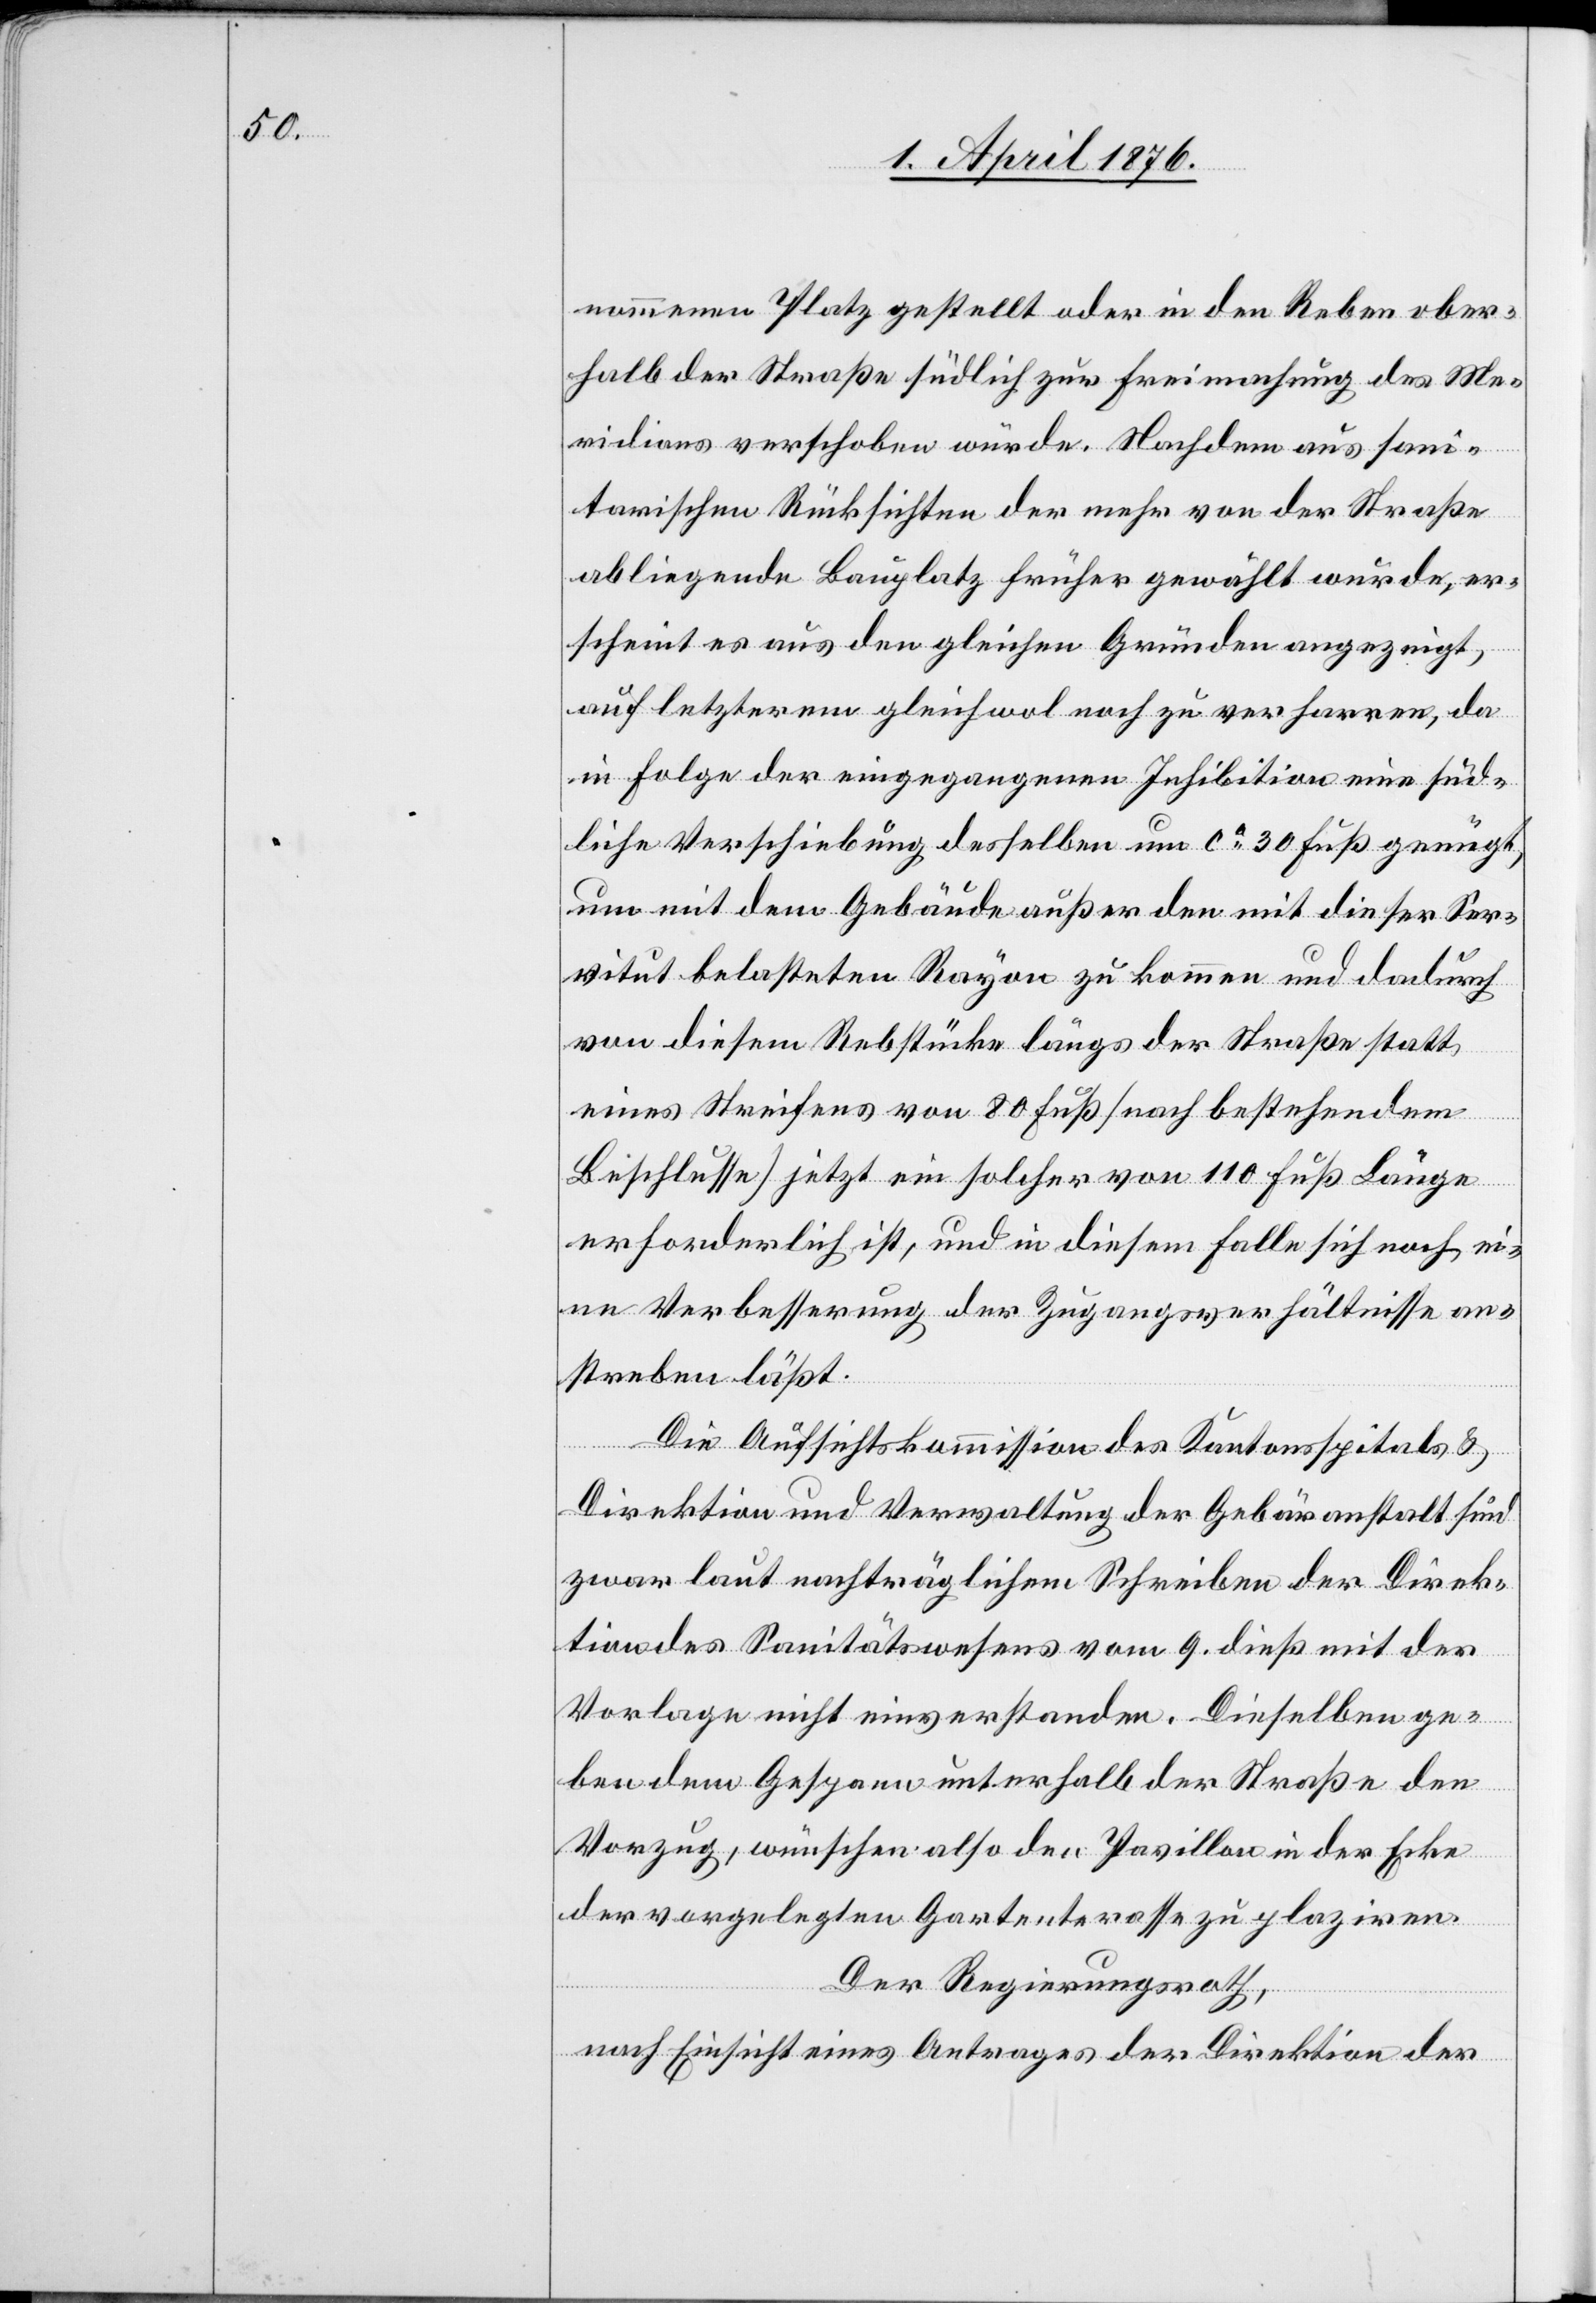
nommenen Platz gestellt oder in den Reben ober¬
halb der Straße südlich zur Freimachung des Me¬
ridians verschoben würde. Nachdem aus san¬
itarischen Rücksichten der mehr von der Straße
abliegende Bauplatz früher gewählt wurde, er¬
scheint es aus den gleichen Gründen angezeigt,
auf letzterem gleichwol noch zu verharren, da
in Folge der eingegangenen Inhibition eine süd¬
liche Verschiebung desselben um ca 30 Fuß genügt,
um mit dem Gebäude außer den mit dieser Ser¬
vitut belasteten Rayon zu kommen und dadurch
von diesem Rebstücke längs der Straße statt
eines Streifens von 80 Fuß (nach bestehendem
Beschlusse) jetzt ein solcher von 110 Fuß Länge
erforderlich ist, und in diesem Falle sich noch ei¬
ne Verbesserung der Zugangsverhältnisse an¬
streben läßt.
Die Aufsichtskommission des Kantonsspitals &
Direktion und Verwaltung der Gebäranstalt sind
zwar laut nachträglichem Schreiben der Direk¬
tion des Sanitätswesens vom 9. dieß mit der
Vorlage nicht einverstanden. Dieselben ge¬
ben dem Gespann unterhalb der Straße den
Vorzug, wünschen also den Pavillon in der Ecke
der vorgelegten Gartenterasse zu plaziren.
Der Regierungsrath,
nach Einsicht eines Antrages der Direktion der